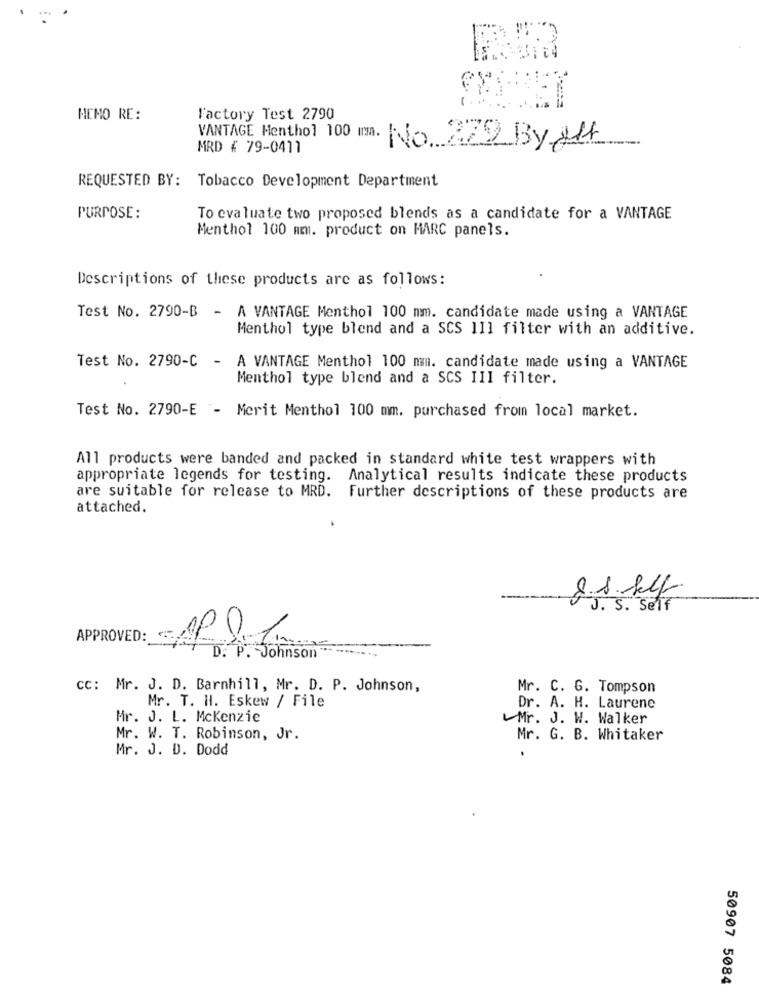
MEMO RE:
Factory Test 2790
VANTAGE Menthol 100 mm.
MRD # 79-0411
No 322 By 214
REQUESTED BY: Tobacco Development Department
PURPOSE:
To evaluate two proposed blends as a candidate for a VANTAGE
Menthol 100 mm. product on MARC panels.
Descriptions of these products are as follows:
Test No. 2790-B - A VANTAGE Menthol 100 mm. candidate made using a VANTAGE
Menthol type blend and a SCS 1I1 filter with an additive.
Test No. 2790-C - A VANTAGE Menthol 100 mm. candidate made using a VANTAGE
Menthol type blend and a SCS III filter.
Test No. 2790-E - Merit Menthol 100 mm. purchased from local market.
All products were banded and packed in standard white test wrappers with
appropriate legends for testing. Analytical results indicate these products
are suitable for release to MRD. Further descriptions of these products are
attached
8.s. kl
J. S. Self
APPROVED:
D. P. Johnson
cc: Mr. J. D. Barnhill, Mr. D. P. Johnson,
Mr. C. G. Tompson
Mr. T. H. Eskew / File
Dr. A. H. Laurene
Mr. J. L. Mckenzie
Mr. J. W. Walker
Mr. W. T. Robinson, Jr.
Mr. G. B. Whitaker
Mr. J. D. Dodd
50907 5084